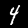
Label: 4